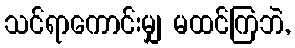
သင်ရာကောင်းမျှ မထင်ကြဘဲ,